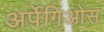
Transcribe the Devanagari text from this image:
अर्पेगिओस